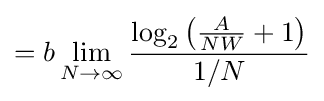
=b\lim _{N\to \infty }{\frac {\log _{2}\left({\frac {A}{NW}}+1\right)}{1/N}}